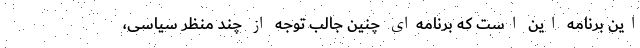
این برنامه این است که برنامه‌ای چنین جالب توجه از چند منظر سیاسی،